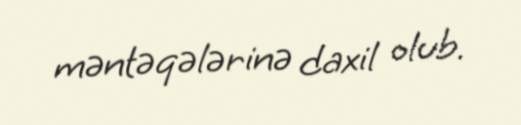
məntəqələrinə daxil olub.